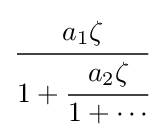
{\cfrac {a_{1}\zeta }{1+{\cfrac {a_{2}\zeta }{1+\cdots }}}}